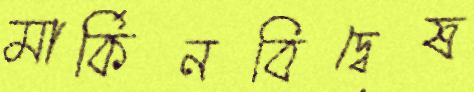
মার্কিনবিদ্বেষ